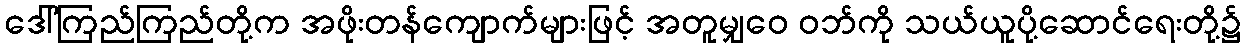
ဒေါ်ကြည်ကြည်တို့က အဖိုးတန်ကျောက်များဖြင့် အတူမျှဝေ ဝဘ်ကို သယ်ယူပို့ဆောင်ရေးတို့၌